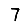
Digit: 7